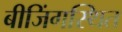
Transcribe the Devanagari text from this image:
बीजिंगस्थित